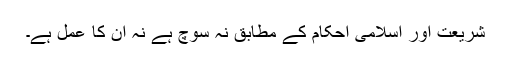
شریعت اور اسلامی احکام کے مطابق نہ سوچ ہے نہ ان کا عمل ہے۔